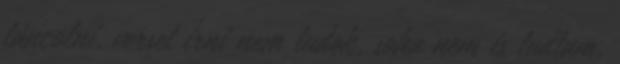
táncolni, verset írni nem tudok, soha nem is tudtam,